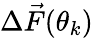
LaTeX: \Delta\vec{F}(\theta_{k})